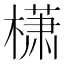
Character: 𰘩